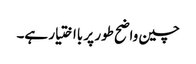
چین واضح طور پر بااختیار ہے۔